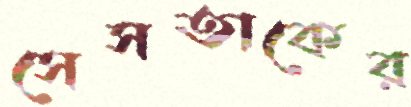
সেসতাকের